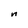
Character: n